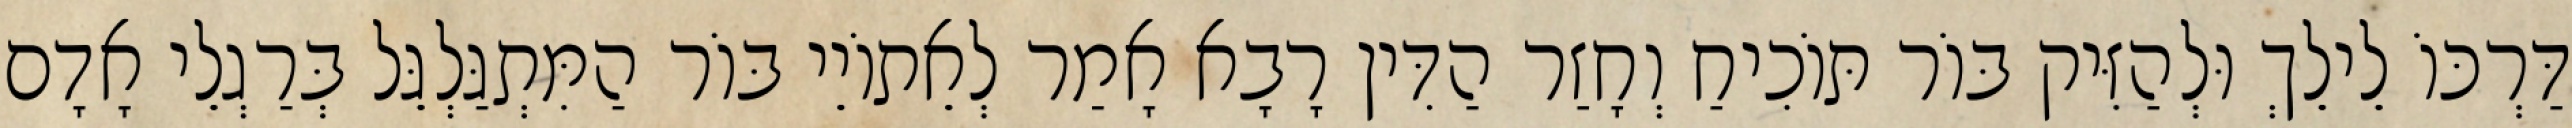
דַּרְכּוֹ לֵילֵךְ וּלְהַזִּיק בּוֹר תּוֹכִיחַ וְחָזַר הַדִּין רָבָא אָמַר לְאֵתוֹיֵי בּוֹר הַמִּתְגַּלְגֵּל בְּרַגְלֵי אָדָם